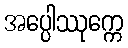
အပ္ပေါဿုက္ကေ